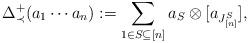
LaTeX: \begin{align*}\Delta^+_{\prec}(a_1 \cdots a_n) := \sum_{1 \in S \subseteq [n]} a_S \otimes [a_{J^S_{[n]}}],\end{align*}